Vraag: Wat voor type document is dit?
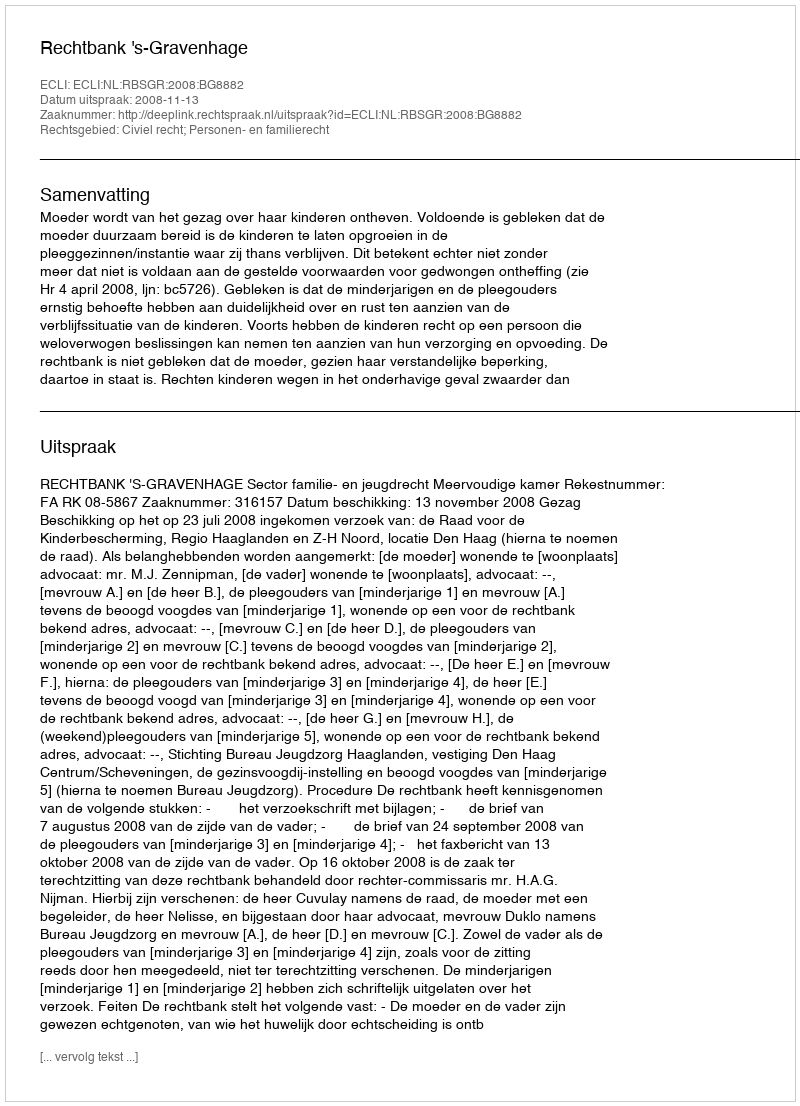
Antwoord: Uitspraak